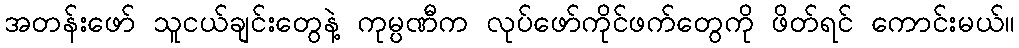
အတန်းဖော် သူငယ်ချင်းတွေနဲ့ ကုမ္ပဏီက လုပ်ဖော်ကိုင်ဖက်တွေကို ဖိတ်ရင် ကောင်းမယ်။